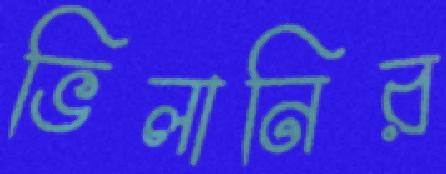
ভিলানির